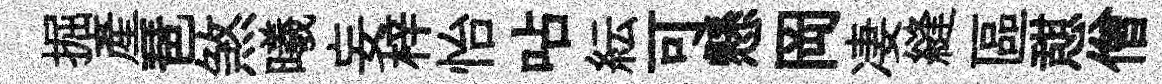
掘產琶煞曦妄梓怡呫紜可懸岡凄縫區憇僧